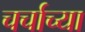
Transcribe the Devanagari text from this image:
चर्चाच्या